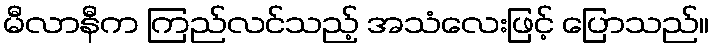
မီလာနီက ကြည်လင်သည့် အသံလေးဖြင့် ပြောသည်။